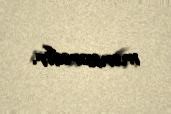
mənzərədir.